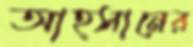
আহ্সানের